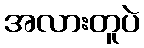
အလားတူပဲ